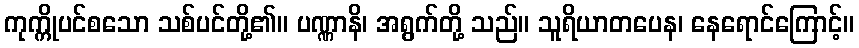
ကုက္ကိုပင်စသော သစ်ပင်တို့၏။ ပဏ္ဏာနိ၊ အရွက်တို့ သည်။ သူရိယာတပေန၊ နေရောင်ကြောင့်။